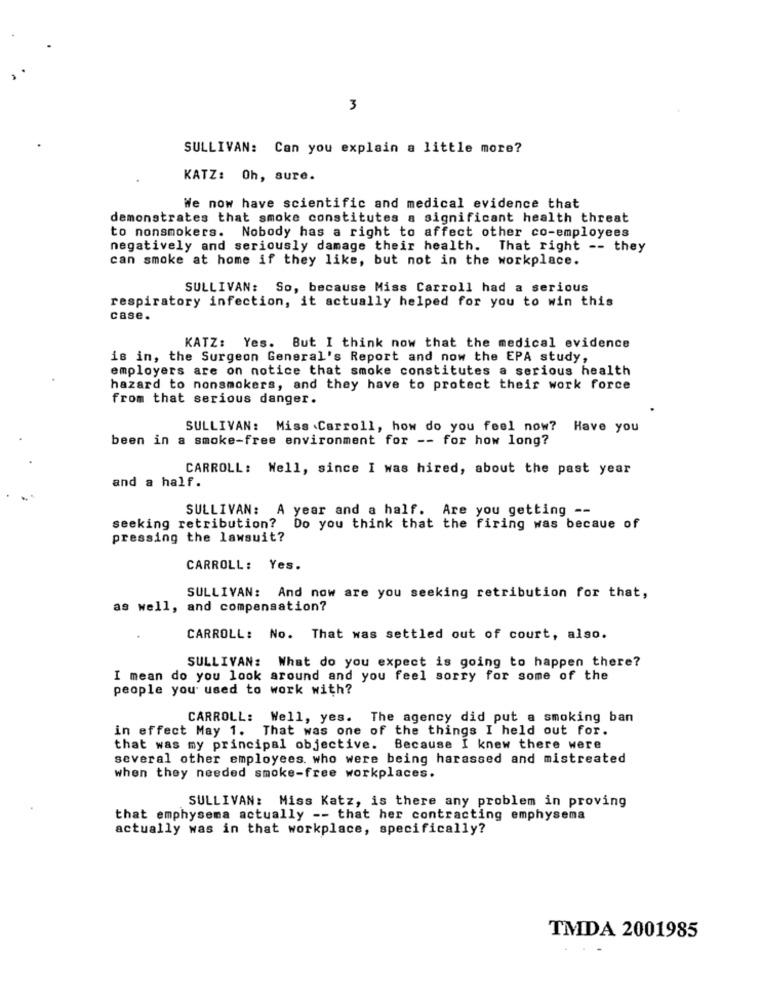
3
SULLIVAN: Can you explain a little more?
KATZ: Oh, sure.
We now have scientific and medical evidence that
demonstrates that smoke constitutes a significant health threat
to nonsmokers. Nobody has a right to affect other co-employees
negatively and seriously damage their health. That right -- they
can smoke at home if they like, but not in the workplace.
SULLIVAN: So, because Miss Carroll had a serious
respiratory infection, it actually helped for you to win this
case.
KATZ: Yes. But I think now that the medical evidence
is in, the Surgeon General's Report and now the EPA study,
employers are on notice that smoke constitutes a serious health
hazard to nonsmokers, and they have to protect their work force
from that serious danger.
SULLIVAN: Miss .Carroll, how do you feel now? Have you
been in a smoke-free environment for -- for how long?
CARROLL: Well, since I was hired, about the past year
and a half.
SULLIVAN: A year and a half. Are you getting --
seeking retribution? Do you think that the firing was becaue of
pressing the lawsuit?
CARROLL: Yes.
SULLIVAN: And now are you seeking retribution for that,
as well, and compensation?
CARROLL: No. That was settled out of court, also.
SULLIVAN: What do you expect is going to happen there?
I mean do you look around and you feel sorry for some of the
people you used to work with?
CARROLL: Well, yes. The agency did put a smoking ban
in effect May 1. That was one of the things I held out for.
that was my principal objective. Because I knew there were
several other employees. who were being harassed and mistreated
when they needed smoke-free workplaces.
SULLIVAN: Miss Katz, is there any problem in proving
that emphysema actually -- that her contracting emphysema
actually was in that workplace, specifically?
TMDA 2001985